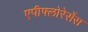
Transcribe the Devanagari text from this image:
एपीफ्लोरेसेंस